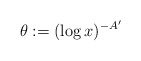
\begin{align*}\theta := (\log x)^{-A'}\end{align*}